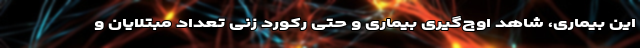
این بیماری، شاهد اوج‌گیری بیماری و حتی رکورد زنی تعداد مبتلایان و